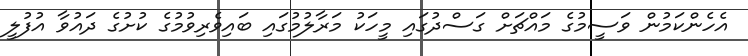
އެހެންކަމުން ވަސީމުގެ މައްޗަށް ގަސްދުގައި މީހަކު މަރާލުމުގައި ބައިވެރިވުމުގެ ކުށުގެ ދައުވާ އުފުލީ